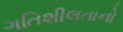
ગતિશીલતાનો